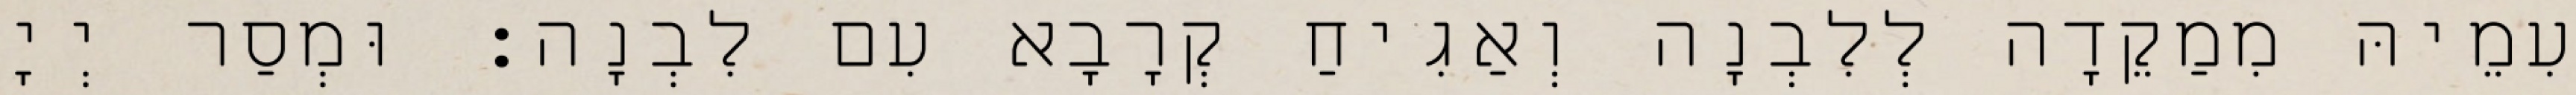
עִמֵיהּ מִמַקֵדָה לְלִבְנָה וְאַגִיחַ קְרָבָא עִם לִבְנָה׃ וּמְסַר יְיָ